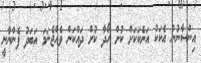
އިންސާނުން އެކަކު އަނެކަކަށް ކުށް ހޯދާ ކުށް ދައްކަން ވެއްޖެނަމަ އަބަދު ފެންނާނީ